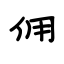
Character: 佣